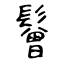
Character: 鬙